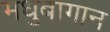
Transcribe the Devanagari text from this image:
मधुबागान